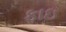
ફાઇ